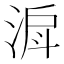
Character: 𣶉